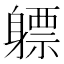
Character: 𬧯